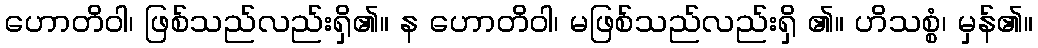
ဟောတိဝါ၊ ဖြစ်သည်လည်းရှိ၏။ န ဟောတိဝါ၊ မဖြစ်သည်လည်းရှိ ၏။ ဟိသစ္စံ၊ မှန်၏။